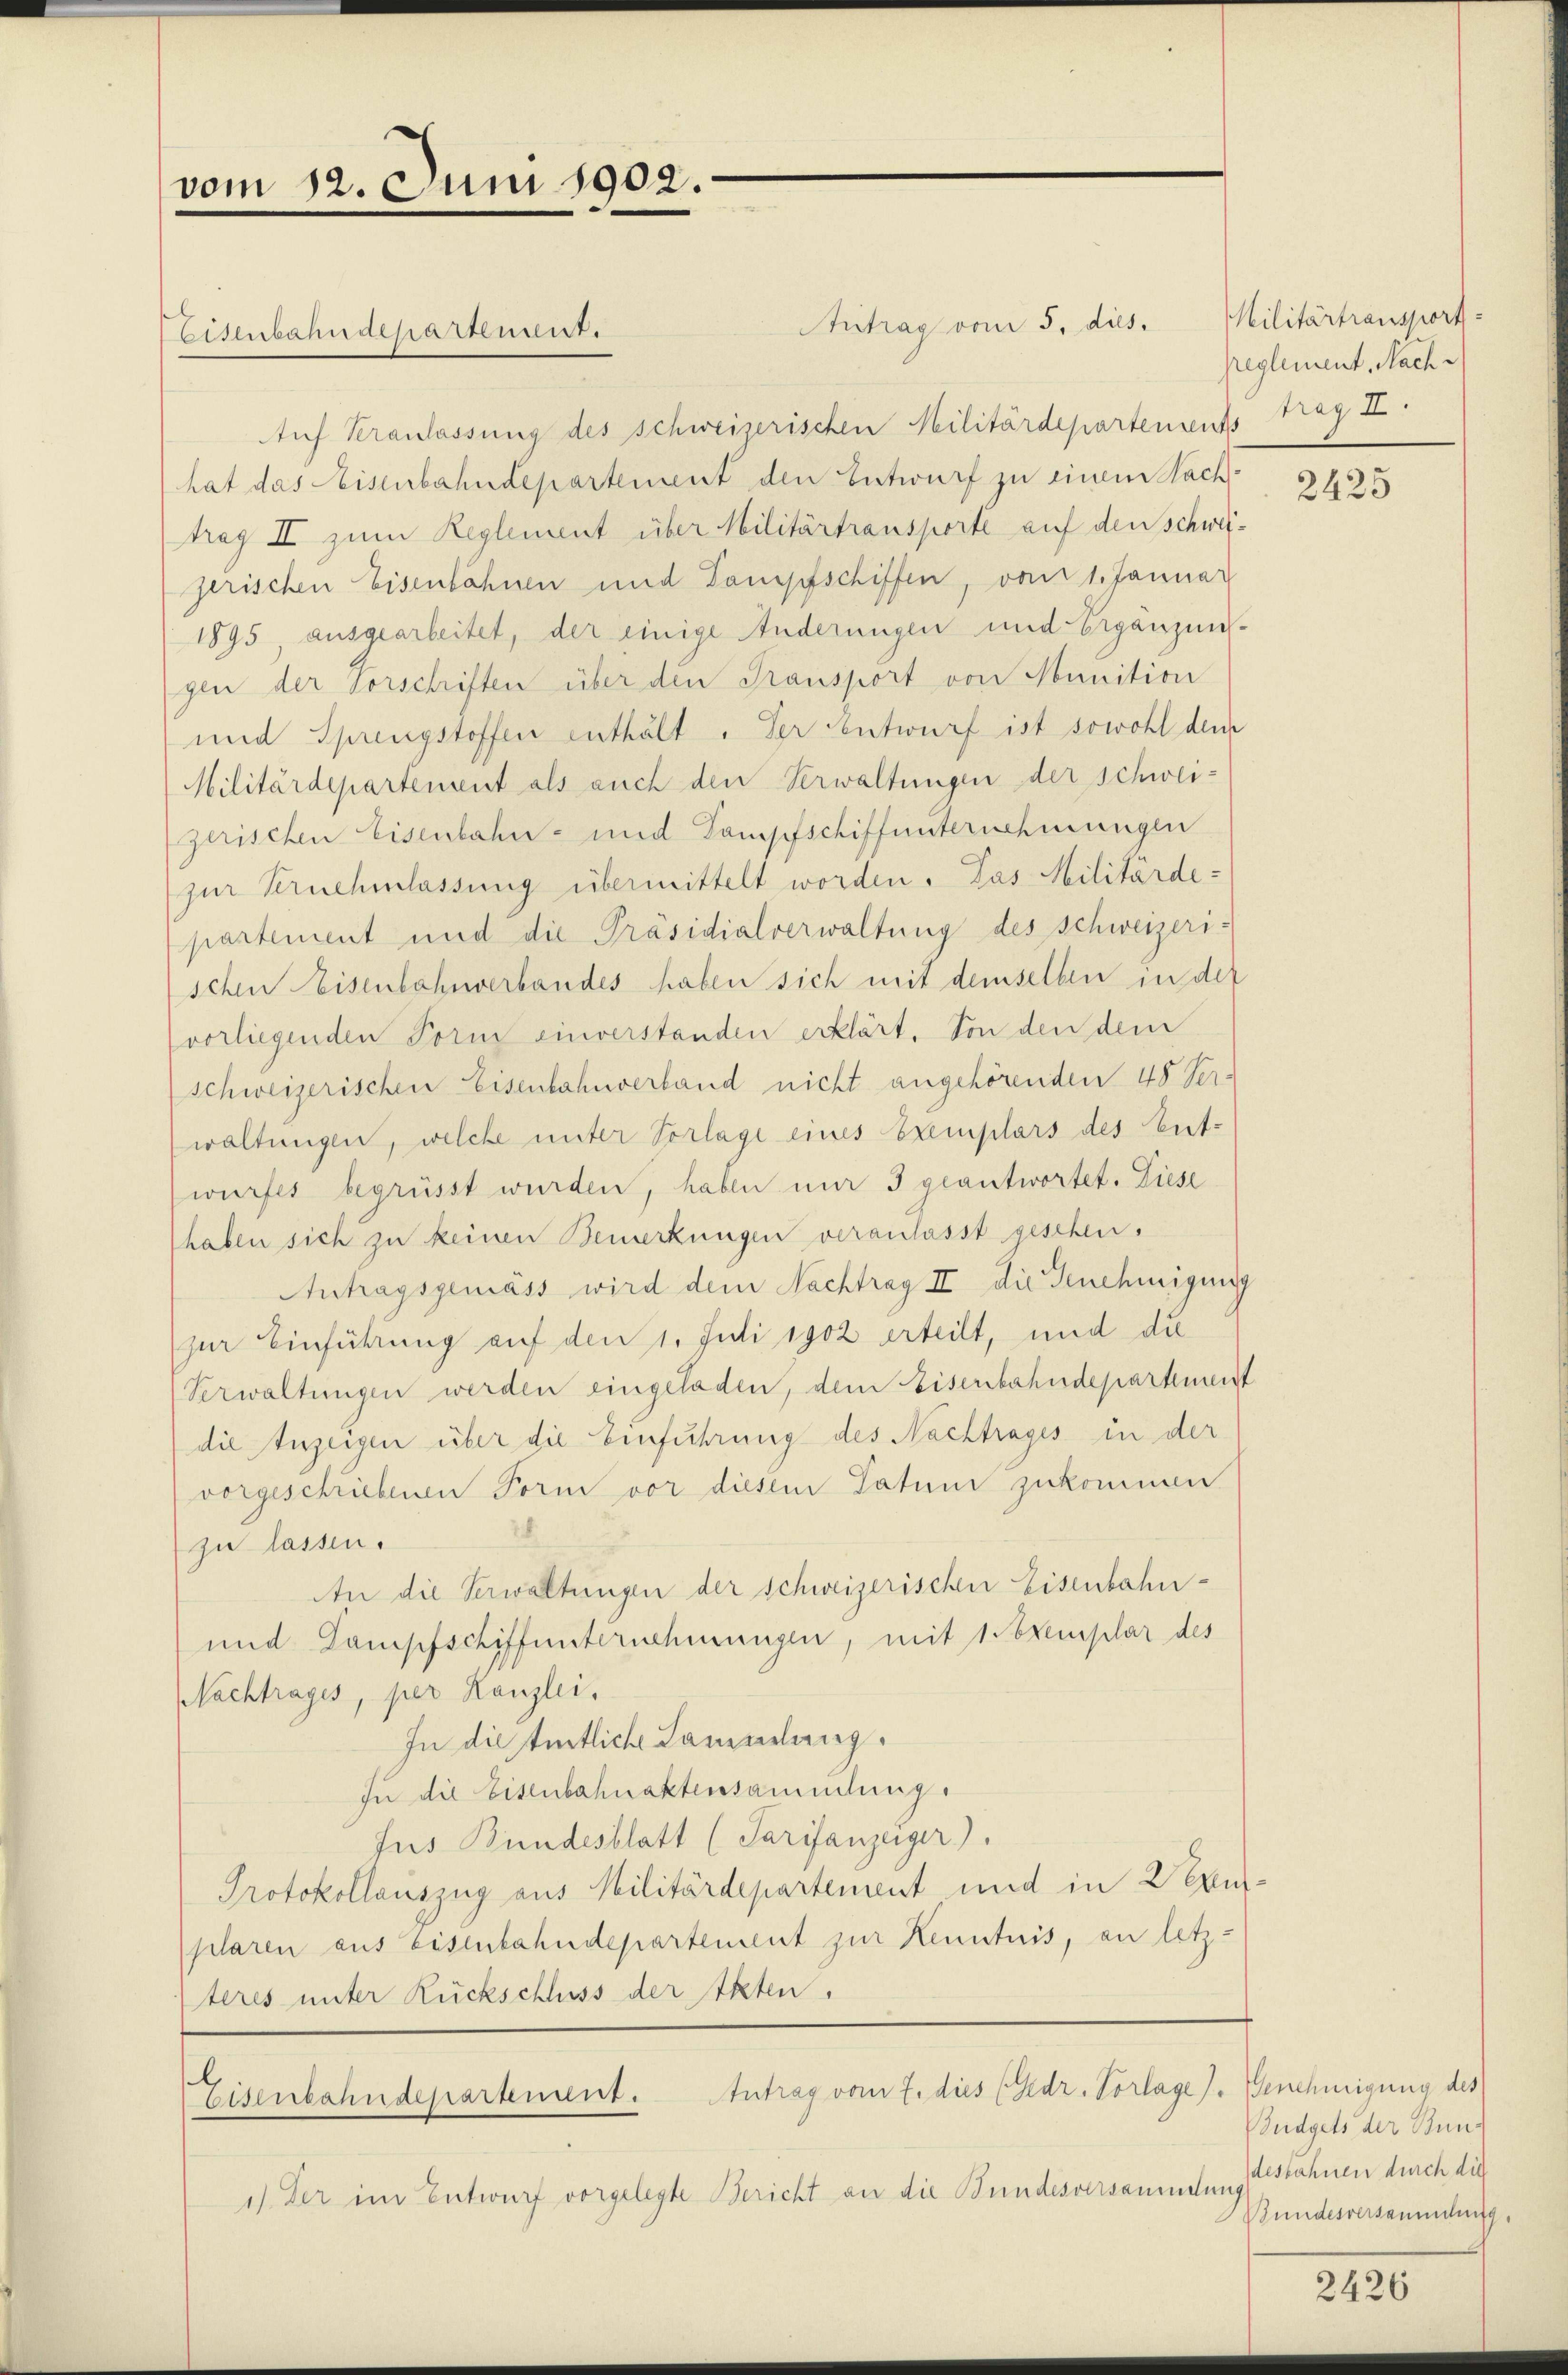
vom 12. Juni 1902.

Antrag vom 5. dies.
Auf Veranlassung des schweizerischen Militärdepartements trag I
hat das Reisenbahndepartement den Entwurf zu einem Nachtrag II zum Reglement über Militärtransporte auf den schweijerischen Eisenbahnen und Dampfschiffen, vom 1. Januar
1895, ausgearbeitet, der einige Änderungen und Ergänzensgen der Vorschriften über den Transport von Munition
und Sprengstoffen enthält. Der entwurf ist sowohl dem
Militärdepartement als auch den Verwaltungen der schweigerischen Eisenbahn- und Tampfschiffunternehmungen
zur Vernehmlassung übermittelt worden. Das Militärde-
partement und die Präsidialverwaltung des Schweizerischen Weisenbahnverbandes haben sich mit demselben in der
vorliegenden Form einverstanden erklärt. Von den dem
schweizerischen Eisenbahnverland nicht angehörenden 48 Ver-
waltungen, welche unter Vorlage eines Exemplars des Ent-
wurfes begrüsst wurden, haben nur 3 geantwortet. Diese
haben sich zu keinen Bemerkungen veranlasst geschen.
Antragsgemäss wird dem Nachtrag II die Genehmigung
zur Einführung auf den 1. Juli 1902 erteilt, und die
(Verwaltungen werden eingeladen, dem Eisenbahndepartement
die Anzeigen über die Einführung des Nachtrages in der
vorgeschriebenen Form vor diesem Tatum zukommen
zu lassen.
An die Verwaltungen der schweizerischen Eisenbahn-
und Gampfschiffunternehmungen, mit 1 Exemplar des
Nachtrages, per Kanzlei,
In diesentliche Sammlung.
zu die Eisenbahnaktensammlung.
Jus Bundesblatt (Tarifanzeiger).
Protokollauszug aus Militärdepartement und in Wern
plaren aus Eisenbahndepartement zur Kenntnis, an letz-
teres unter Rückschluss der Akten.
Eisenbahndepartement. Antrag vom 7. dies (Gedr. Vorlage). Genehmigung des
1) Der im Entwurf vorgelegte Bericht an die Bundesversammlung

Eisenbahndepartement.

Militärtransport
reglement. Nach i

2425

Budgets der Bundesbahnen durch die
Bundesversammlung

2426